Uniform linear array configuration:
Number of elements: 32
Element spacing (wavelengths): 1
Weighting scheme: hamming
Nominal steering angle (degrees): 60
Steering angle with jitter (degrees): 58.22
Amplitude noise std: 0.05
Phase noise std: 0.05

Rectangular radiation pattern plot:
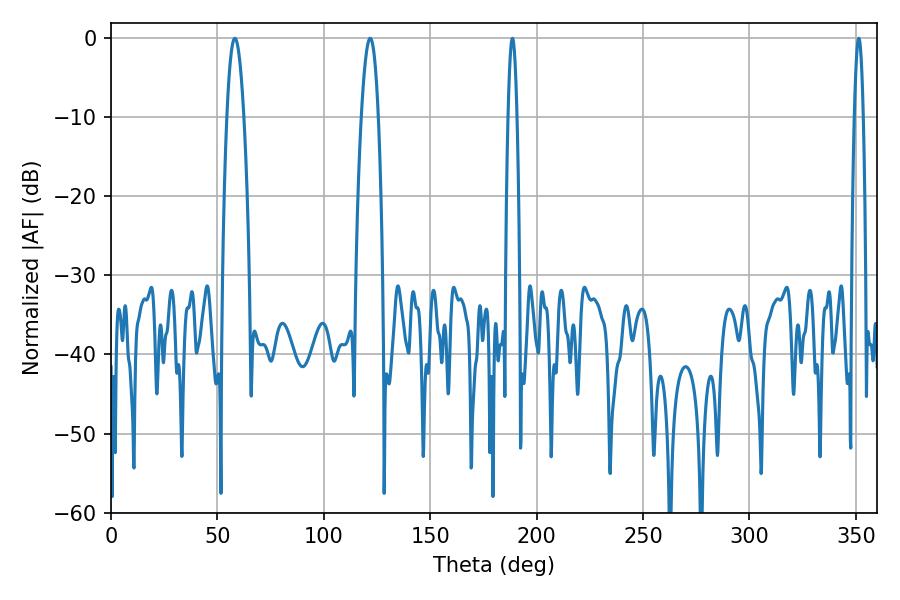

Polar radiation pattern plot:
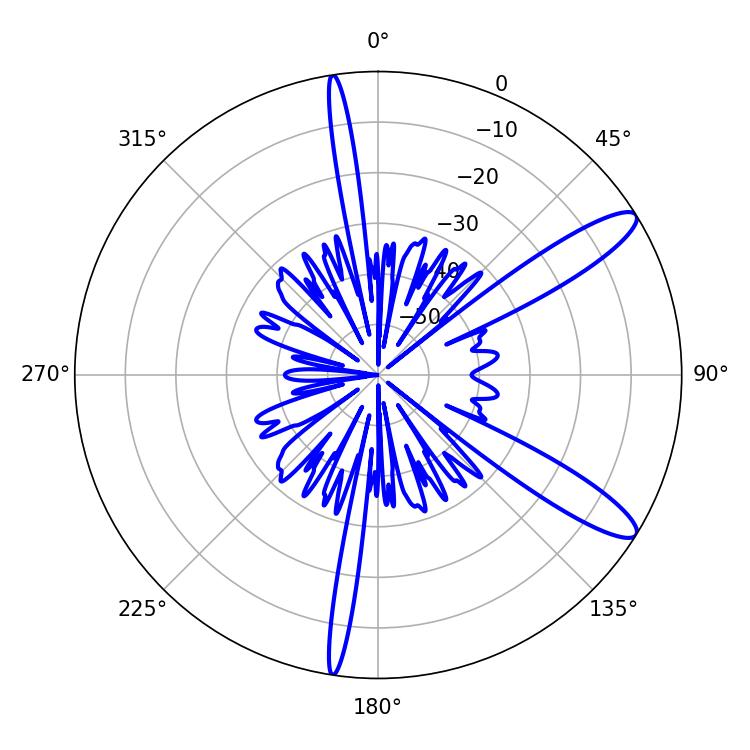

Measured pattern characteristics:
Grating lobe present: TRUE
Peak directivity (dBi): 11.942
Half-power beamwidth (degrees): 2.16
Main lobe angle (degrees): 188.64